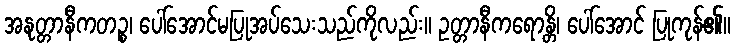
အနုတ္တာနီကတဉ္စ၊ ပေါ်အောင်မပြုအပ်သေးသည်ကိုလည်း။ ဥတ္တာနီကရောန္တိ၊ ပေါ်အောင် ပြုကုန်၏။